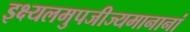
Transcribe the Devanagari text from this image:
इक्ष्यलमुपजीज्यमानानां